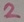
Text: 2